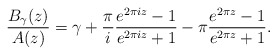
\begin{align*}\frac{B_\gamma(z)}{A(z)} = \gamma +\frac{\pi}{i} \frac{e^{2\pi i z} - 1}{e^{2\pi i z} +1}- \pi \frac{e^{2\pi z} - 1}{e^{2\pi z} +1}. \end{align*}